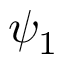
\psi _ { 1 }